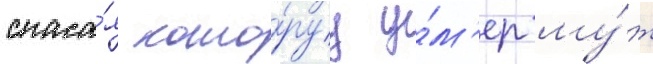
спаса́я кото́руу у́м'ер му́ж